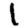
Digit: 1